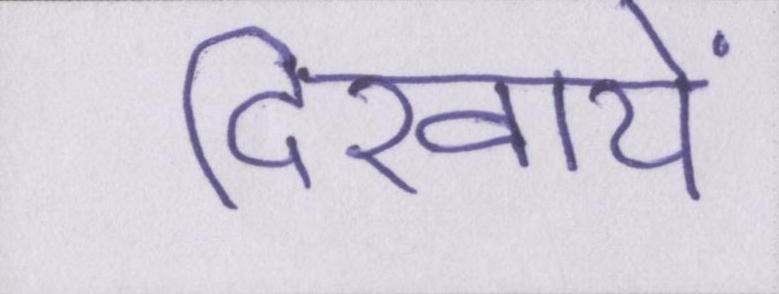
दिखायें